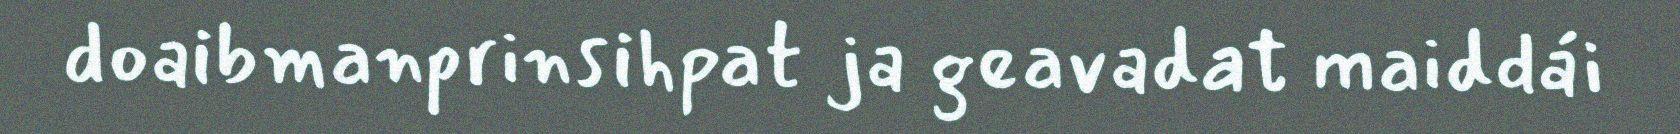
doaibmanprinsihpat ja geavadat maiddái